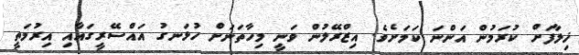
ޚިލާފަށް ކުރަމުން އަންނަ ކަމަށެވެ. އިޒްރޭލުން ވަނީ މިހާތަނަށް ހުޅަނގު އައްސޭރީގައާއި އިރުމަތީ